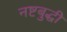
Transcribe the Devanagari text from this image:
नष्टबुद्धी